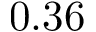
0 . 3 6